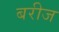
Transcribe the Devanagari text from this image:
बरीज